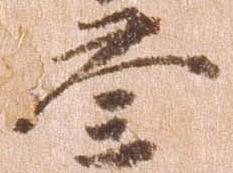
参